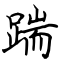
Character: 踹